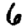
Digit: 6